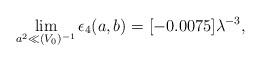
LaTeX: \begin{align*}\lim_{a^2 \ll (V_0)^{-1}}\epsilon_4(a,b)=[-0.0075]\lambda^{-3},\end{align*}